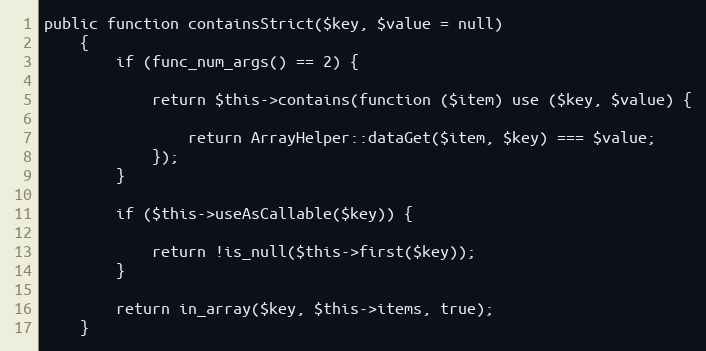
Language: PHP
public function containsStrict($key, $value = null)
    {
        if (func_num_args() == 2) {

            return $this->contains(function ($item) use ($key, $value) {

                return ArrayHelper::dataGet($item, $key) === $value;
            });
        }

        if ($this->useAsCallable($key)) {

            return !is_null($this->first($key));
        }

        return in_array($key, $this->items, true);
    }